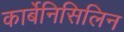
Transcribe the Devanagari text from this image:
कार्बेनिसिलिन